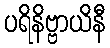
ပရိနိဗ္ဗာယိနီ